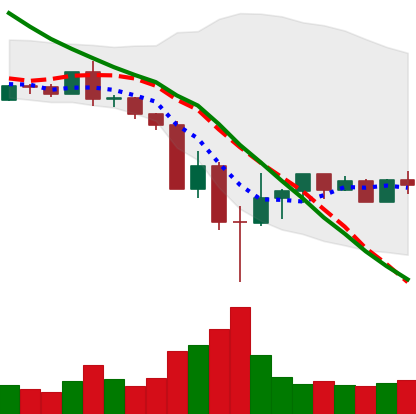
Ticker: BNB-USD
Chart end date: 2022-05-20
Forward return: 7.731%
Label: up_7plus